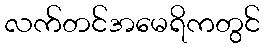
လက်တင်အမေရိကတွင်